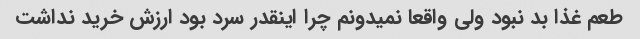
طعم غذا بد نبود ولی واقعا نمیدونم چرا اینقدر سرد بود ارزش خرید نداشت